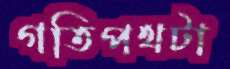
গতিপথটা